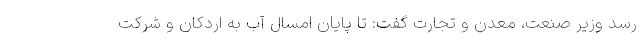
رسد وزیر صنعت، معدن و تجارت گفت: تا پایان امسال آب به اردکان و شرکت